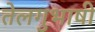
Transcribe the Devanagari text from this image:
तेलगुभाषी